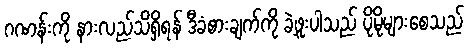
ဂဏန်းကို နားလည်သိရှိရန် ဒီခံစားချက်ကို ခဲ့ဖူးပါသည် ပိုမိုများစေသည်